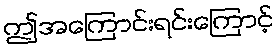
ဤအကြောင်းရင်းကြောင့်